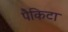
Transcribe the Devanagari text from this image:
पैकिटा